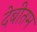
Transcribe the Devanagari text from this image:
देबीतम